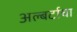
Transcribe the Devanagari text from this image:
अल्बर्टाचा